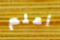
أعلم